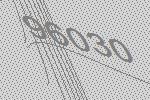
96030